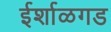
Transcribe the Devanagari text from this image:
ईर्शाळगड